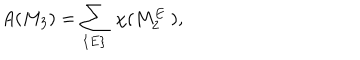
A ( M _ { 3 } ) = \sum _ { \{ E \} } ~ \chi ( M _ { 2 } ^ { E } ~ ) ,